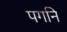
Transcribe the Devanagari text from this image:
पगनि